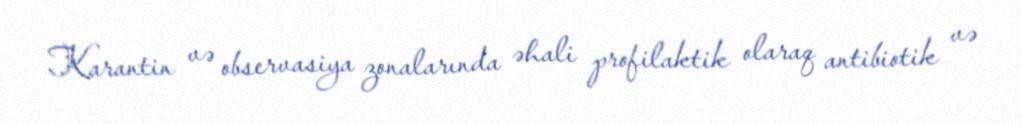
Karantin və observasiya zonalarında əhali profilaktik olaraq antibiotik və